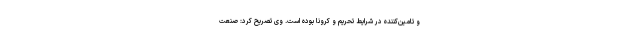
و تامین‌کننده در شرایط تحریم و کرونا بوده است. وی تصریح کرد: صنعت